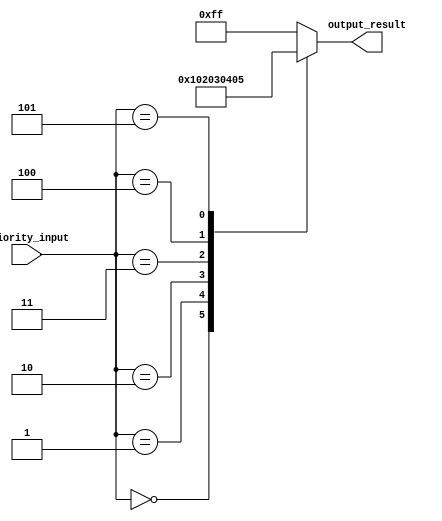
module priority_case_statement (
    input wire [2:0] priority_input,
    output reg [7:0] output_result
);

always @* begin
    case (priority_input)
        3'b000: output_result = 8'b00000000; // Highest priority
        3'b001: output_result = 8'b00000001;
        3'b010: output_result = 8'b00000010;
        3'b011: output_result = 8'b00000011;
        3'b100: output_result = 8'b00000100;
        3'b101: output_result = 8'b00000101; // Lowest priority
        default: output_result = 8'b11111111;
    endcase
end

endmodule